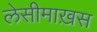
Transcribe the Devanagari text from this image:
लेसीमाख़स